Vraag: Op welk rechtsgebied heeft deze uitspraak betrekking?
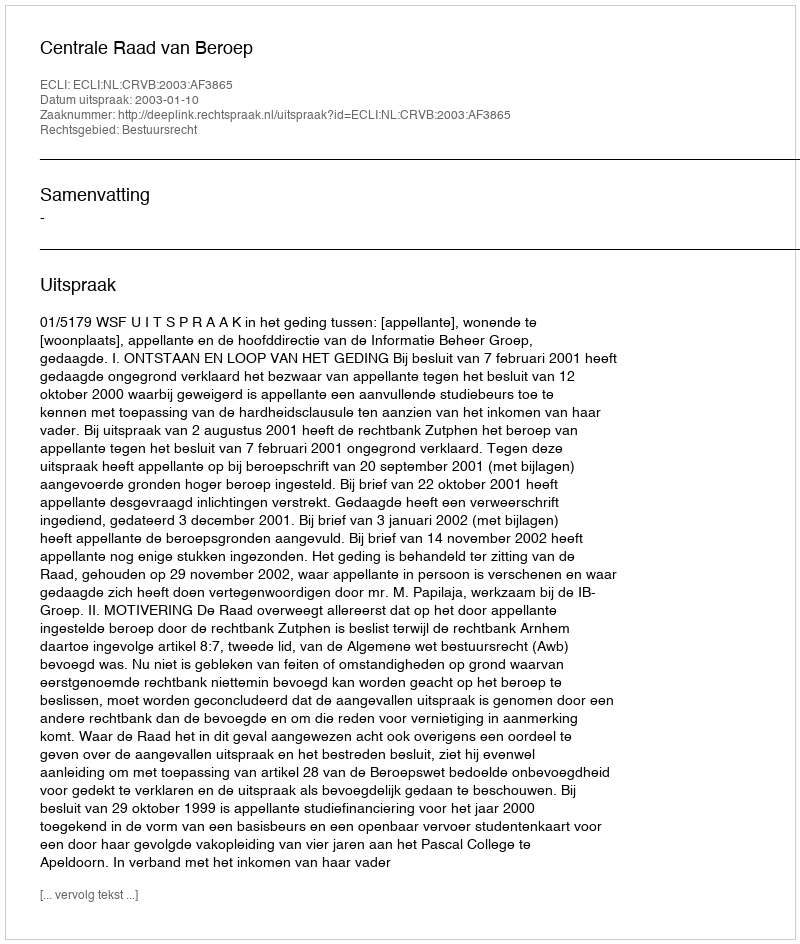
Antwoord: Bestuursrecht